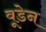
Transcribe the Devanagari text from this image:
वूडेन